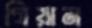
গিয়ান